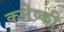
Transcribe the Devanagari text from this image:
कनेष्की